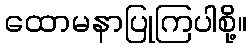
ထောမနာပြုကြပါစို့။